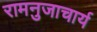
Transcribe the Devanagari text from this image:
रामनुजाचार्य